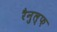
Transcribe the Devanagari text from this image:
रैनुल्फ़